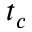
t _ { c }